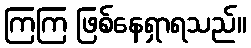
ကြကြ ဖြစ်နေရှာရသည်။